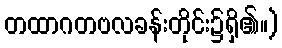
တထာဂတဗလခန်းတိုင်း၌ရှိ၏။)